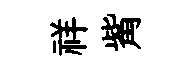
祥觜